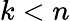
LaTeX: k<n